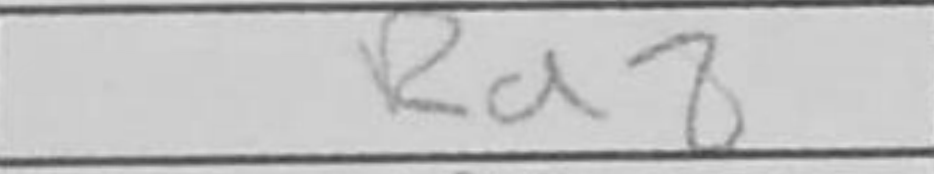
Transcription: Rd8